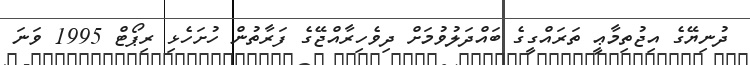
ދުނިޔޭގެ އިޖުތިމާޢީ ތަރައްގީގެ ބައްދަލުވުމަށް ދިވެހިރާއްޖޭގެ ފަރާތުން ހުށަހެޅި ރިޕޯޓް 1995 ވަނަ